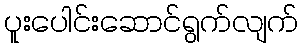
ပူးပေါင်းဆောင်ရွက်လျက်